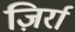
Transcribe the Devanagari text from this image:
ज़िर्रा